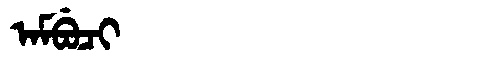
Manchu: ᠠᠮᠪᡠᠴᡳ
Romanization: AMBUCI